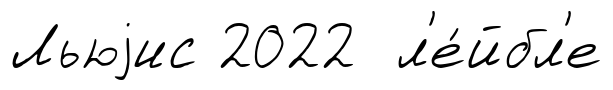
Льюjис 2022 л'е́йбл'е